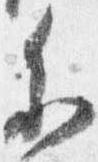
参